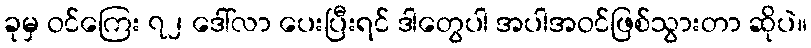
ခုမှ ဝင်ကြေး ၇၂ ဒေါ်လာ ပေးပြီးရင် ဒါတွေပါ အပါအဝင်ဖြစ်သွားတာ ဆိုပဲ။